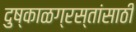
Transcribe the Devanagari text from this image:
दुष्काळग्रस्तांसाठी